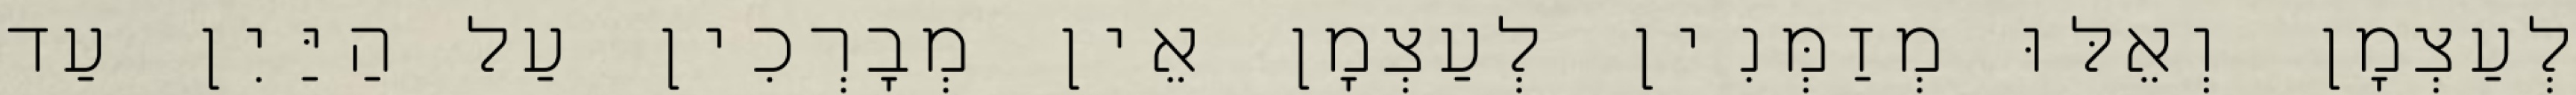
לְעַצְמָן וְאֵלּוּ מְזַמְּנִין לְעַצְמָן אֵין מְבָרְכִין עַל הַיַּיִן עַד